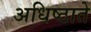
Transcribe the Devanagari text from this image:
अधिष्ठाते